Annual administration report of the Civil Veterinary Department of India - 1901-1902
Year: 1901
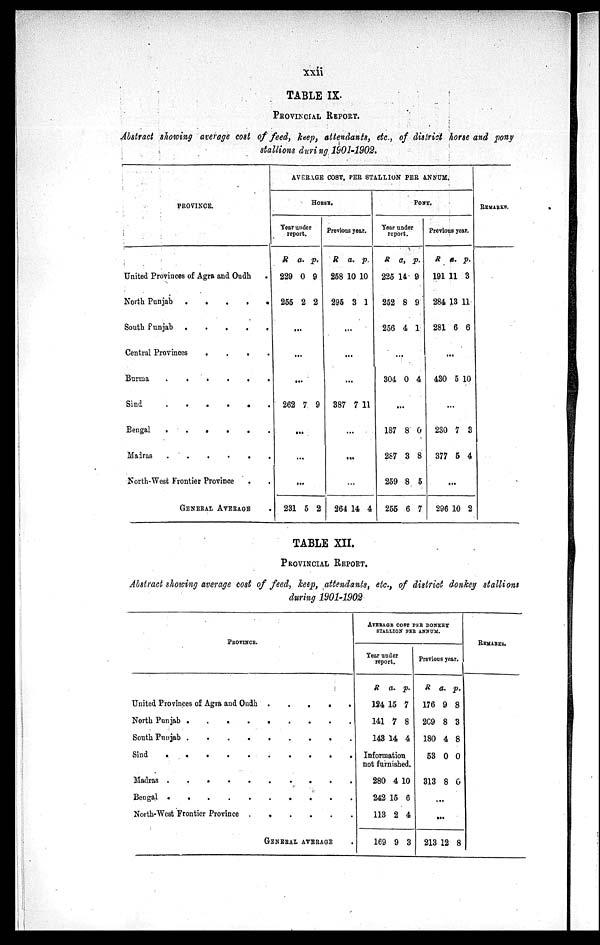
xxii
TABLE IX.
Provincial report.
Abstract showing average cost of feed, keep, attendants, etc., of district horse and pony
stallions during 1901-1902.
PROVINCE.
United Provinces of Agra and Oudh .
North Punjab
.
.
.
.
.
South Punjab .
.
.
.
.
Central Provinces
.
.
.
.
Burma
.
.
.
.
.
.
Sind
.
.
.
.
.
.
Bengal
.
.
.
.
.
.
Madras
.
.
.
.
.
North-West Frontier Province . .
GENERAL AVERAGE .
AVERAGE COST, PER STALLION PER ANNUM.
HORSE.
Year under
report.
R
229
255
a.
0
2
p.
9
2
...
...
...
262 7 9
...
...
...
231 5 2
Previous year.
R
258
295
a.
10
3
p.
10
1
...
...
...
387 7 11
...
...
...
264 14 4
PONY.
Year under
report.
R
225
252
256
304
187
287
259
255
a,
14
8
4
...
0
...
8
3
8
6
p.
9
9
1
4
0
8
5
7
Previous year.
R
191
284
281
.
430
.
230
377
...
296
a.
11
13 1
6
..
5
..
7
5
10
p.
3
1
6
10
3
4
2
REMARKS.
TABLE XII.
PROVINCIAL REPORT.
Abstract showing average cost of feed, hep, attendants, etc., of district donkey stallions
during 1901-1902
PROVINCE.
United Provinces of Agra and Oudh .
.
.
.
.
North Punjab . . . . . . .
South Punjab . . . . . . .
Sind . . . . . .
Madras . . . . . . .
Bengal . . . . . . . .
North-West Frontier Province .
.
.
.
.
.
GENERAL AVERAGE .
AVERAGE COST PER DONKEY
STALLION PER ANNUM.
Year under
report.
R
124
141
143
a.
15
7
14
p.
7
8
4
Information
not furnished.
280
242
113
169
4
15
2
9
10
6
4
3
Previous year.
R
176
209
180
53
313
a.
9
8
4
0
8
p.
8
3
8
0
0
...
...
213 12 8
REMARKS.